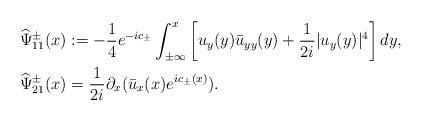
LaTeX: \begin{align*}&\widehat{\Psi}^\pm_{11}(x):=-\frac{1}{4}e^{-ic_\pm} \int_{\pm \infty}^{x}\left[u_y(y) \bar{u}_{yy}(y)+\frac{1}{2i}|u_y(y)|^4\right] dy,\\&\widehat{\Psi}^\pm_{21}(x)=\frac{1}{2i} \partial_{x}(\bar{u}_{x}(x)e^{ic_\pm(x)}).\end{align*}